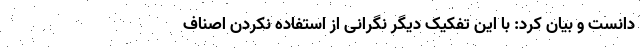
دانست و بیان کرد: با این تفکیک دیگر نگرانی از استفاده نکردن اصناف